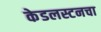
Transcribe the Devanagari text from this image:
केडलस्टनचा